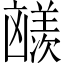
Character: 𪞼